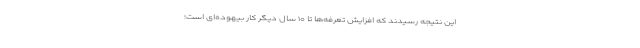
این نتیجه رسیدند که افزایش تعرفه‌ها تا ۱۰ سال دیگر کار بیهوده‌ای است؛